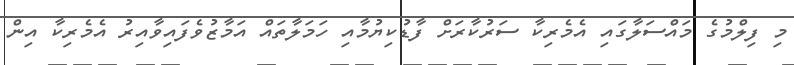
މި ފިލްމުގެ މައްސަލާގައި އެމެރިކާ ސަރުކާރަށް ފާޑުކިޔުމާއި ހަމަލާތައް އަމާޒުވެފައިވާއިރު އެމެރިކާ އިން